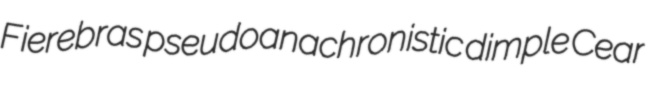
Fierebras pseudoanachronistic dimple Cear